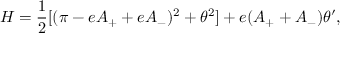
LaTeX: { \cal H } = { \frac { 1 } { 2 } } [ ( \pi - e A _ { + } + e A _ { - } ) ^ { 2 } + \theta ^ { 2 } ] + e ( A _ { + } + A _ { - } ) \theta ^ { \prime } ,